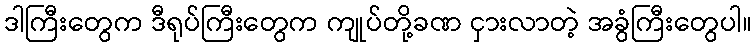
ဒါကြီးတွေက ဒီရုပ်ကြီးတွေက ကျုပ်တို့ခဏ ငှားလာတဲ့ အခွံကြီးတွေပါ။